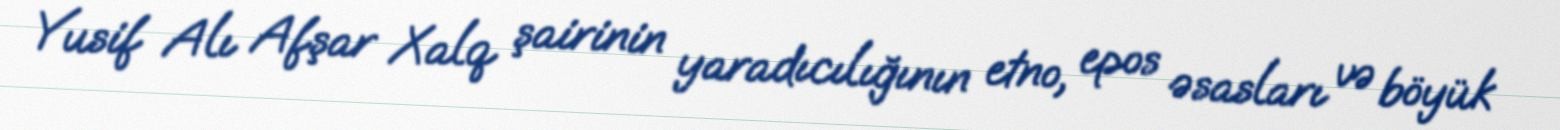
Yusif Alı Afşar Xalq şairinin yaradıcılığının etno, epos əsasları və böyük